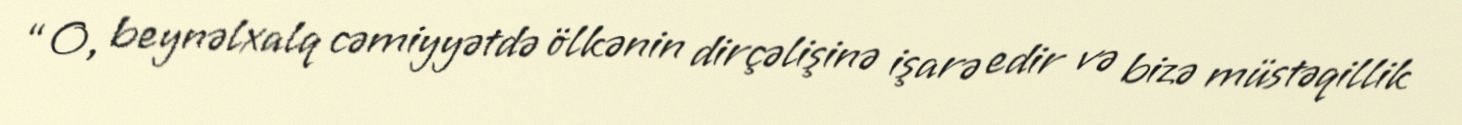
“O, beynəlxalq cəmiyyətdə ölkənin dirçəlişinə işarə edir və bizə müstəqillik